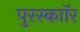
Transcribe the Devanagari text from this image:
पुरस्काॉर